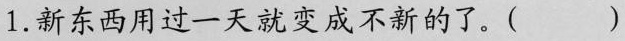
1.新东西用过一天就变成不新的了。( )